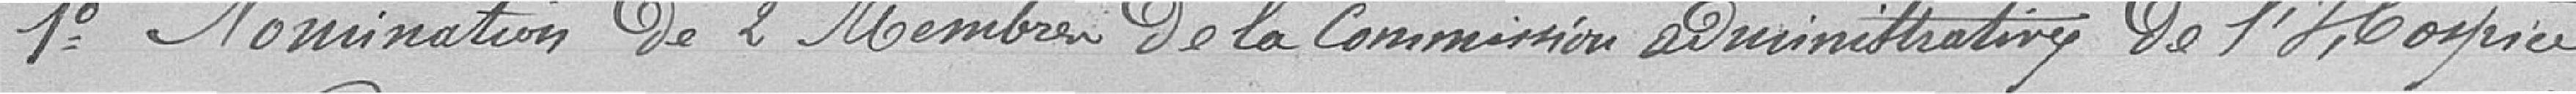
1° Nomination de 2 membres de la commission administrative de l'Hospice